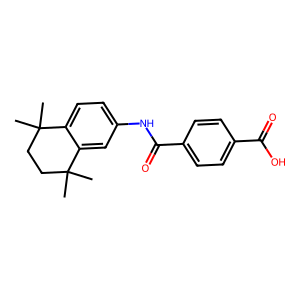
SMILES: CC1(C)CCC(C)(C)c2cc(NC(=O)c3ccc(C(=O)O)cc3)ccc21
Inhibits HIV replication: No